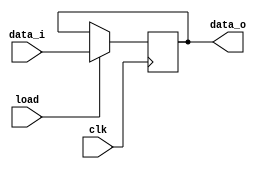
// mdulo registrador parametrizvel quanto ao nmero de bits, com sinal de load sncrono e sem reset
module register #(
    parameter Size = 1 // parmetro que indica o nmero de bits do registrador
) (
    input clk, // sinal de clock
    input [Size - 1:0] data_i, // entrada do registrador
    input load, // sinal de load sncrono
    output reg [Size - 1:0] data_o // sada do registrador
);

    always @(posedge clk) begin
      if (load) data_o <= data_i; // a toda borda de clock, caso o load esteja ativado, carregamos a entrada no registrador.
    end

endmodule